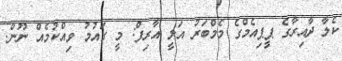
ކެލާ ދާއިރާގެ ޕީޕިއެމްގެ މެމްބަރު އަލީ އާރިފް: މީ ގައުމު ވިއްކުމެއް ނޫން.